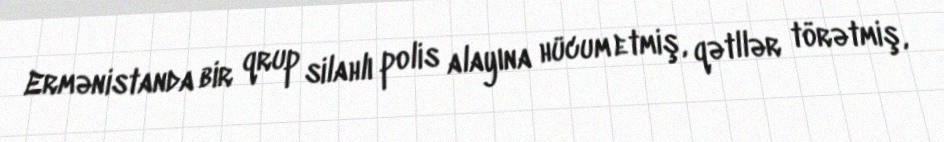
Ermənistanda bir qrup silahlı polis alayına hücum etmiş, qətllər törətmiş,